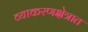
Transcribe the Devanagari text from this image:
व्याकरणक्षेत्रात